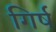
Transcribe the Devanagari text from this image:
गिर्ष